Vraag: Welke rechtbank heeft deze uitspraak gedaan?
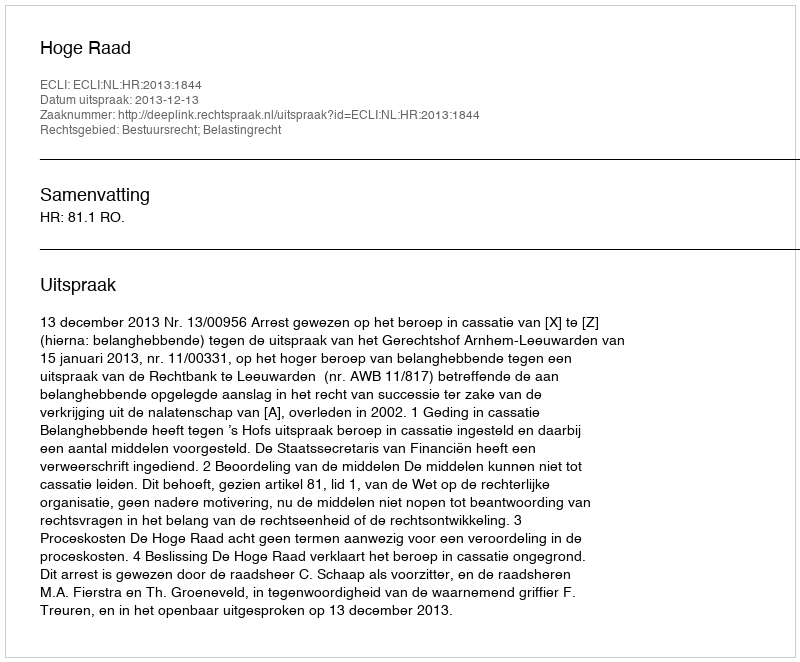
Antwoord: Hoge Raad